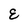
Character: E